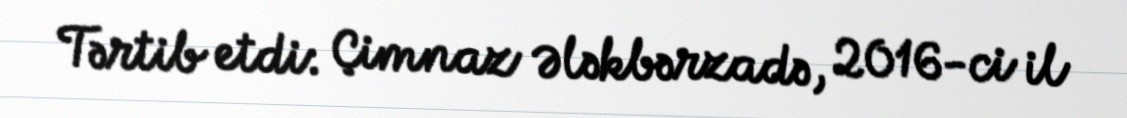
Tərtib etdi: Çimnaz Ələkbərzadə, 2016-ci il